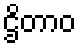
ဌိတာဝ